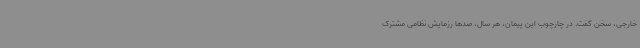
خارجی، سخن گفت. در چارچوب این پیمان، هر سال، صدها رزمایش نظامی مشترک